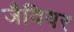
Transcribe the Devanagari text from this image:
जैवियर